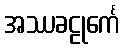
အဿခဠုင်္ကေ